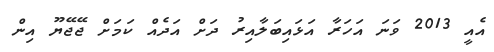
އެއީ 2013 ވަނަ އަހަރާ އަޅައިބަލާއިރު ދަށް އަަދެެއް ކަމަށް ޖޭޖޭޔޫ އިން